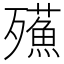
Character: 𣩷